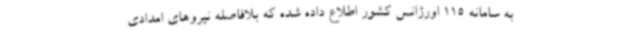
به سامانه 115 اورژانس کشور اطلاع داده شده که بلافاصله نیروهای امدادی